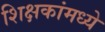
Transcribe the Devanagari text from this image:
शिक्षकांमध्ये